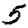
Digit: 5